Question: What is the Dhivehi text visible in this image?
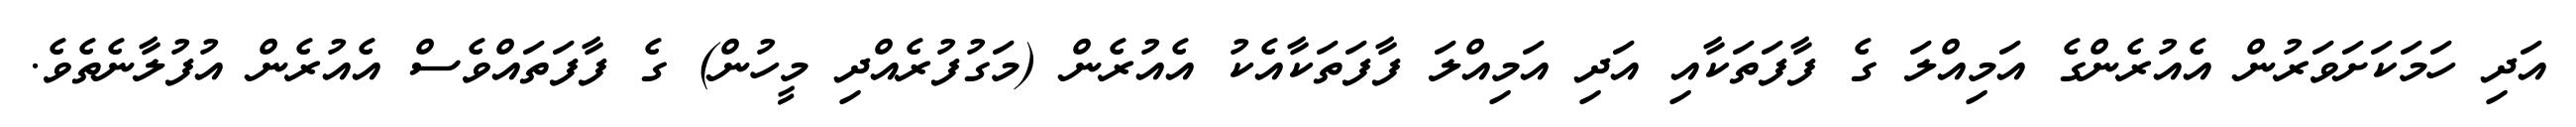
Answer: އަދި ހަމަކަށަވަރުން އެއުރެންގެ އަމިއްލަ ގެ ފާފަތަކާއި އަދި އަމިއްލަ ފާފަތަކާއެކު އެއުރެން (މަގުފުރެއްދި މީހުން) ގެ ފާފަތައްވެސް އެއުރެން އުފުލާނެތެވެ.